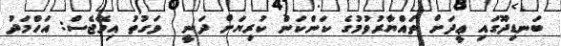
ބަނޑިދޫގައި ޢީދަށް ތައްޔާރުވުމުގެ ކަންކަން ކުރިޔަށް ދަނީ  ވަގުތު އިމޭޖެސް: އަހްމަދު